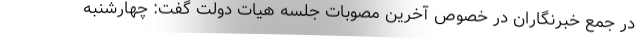
در جمع خبرنگاران در خصوص آخرین مصوبات جلسه هیات دولت گفت: چهارشنبه